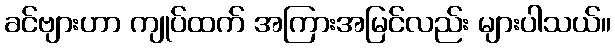
ခင်ဗျားဟာ ကျုပ်ထက် အကြားအမြင်လည်း များပါသယ်။